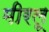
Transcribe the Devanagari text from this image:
मीरलू